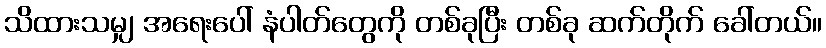
သိထားသမျှ အရေးပေါ် နံပါတ်တွေကို တစ်ခုပြီး တစ်ခု ဆက်တိုက် ခေါ်တယ်။